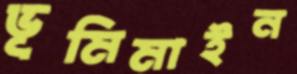
ভূমিমাইন